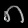
Digit: ၈